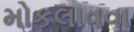
મોકલાવવા